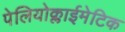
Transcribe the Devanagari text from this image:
पेलियोक्लाईमेटिक